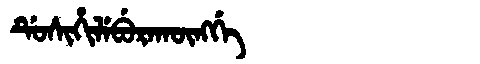
Manchu: ᡩᡠᠰᡳᡥᡳᠯᡝᠪᡠᡵᠠᡴᡡᠩᡤᡝ
Romanization: DUSIHILEBURAKŪNGGE